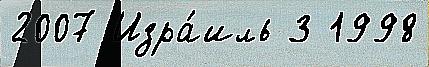
2007 Изра́иль 3 1998